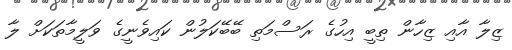
ޒިލާ އާއި ޒިހާން ތިބީ އިހުގެ ރަސްމަތި ބޭބޭކަލުން ކައިވެނީގެ ވަލީމާތަކަށް ލާ